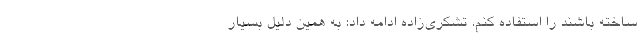
ساخته باشند را استفاده کنم. تشکری‌زاده ادامه داد: به همین دلیل بسیار